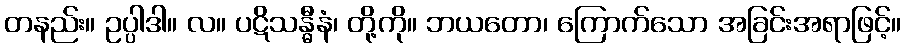
တနည်း။ ဥပ္ပါဒါ။ လ။ ပဋိသန္ဓီနံ၊ တို့ကို။ ဘယတော၊ ကြောက်သော အခြင်းအရာဖြင့်။